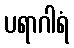
ပရာဂါရံ